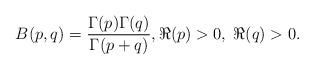
LaTeX: \begin{align*}B(p,q)=\dfrac{\Gamma(p)\Gamma(q)}{\Gamma(p+q)},\Re(p)>0,\; \Re(q)>0.\end{align*}